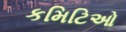
કમિટિઓ